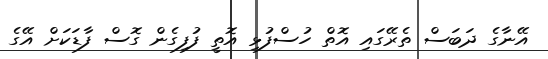
އޭނާގެ ދަބަސް ތެރޭގައި އޮތް ހުސްފުޅި އޮތީ ފުފިގެން ގޮސް ފާޑަކަށް އޭގެ